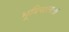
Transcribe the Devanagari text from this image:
भूमिपालः।।